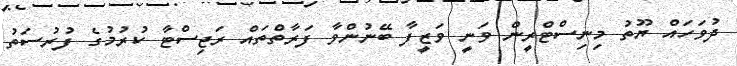
ދުވަހައް ޔޫތު މިނިސްޓްރީން ވަނީ ވަޒީފާ ބޭނުންވާ ފަރާތްތައް ރަޖިސްޓާ ކުރުމުގެ ފުރުސަތު